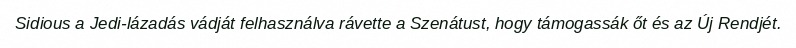
Sidious a Jedi-lázadás vádját felhasználva rávette a Szenátust, hogy támogassák őt és az Új Rendjét.